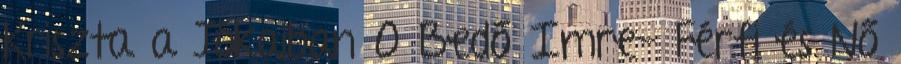
Kriszta a Jókaiban 0 Bedő Imre- Férfi és Nő